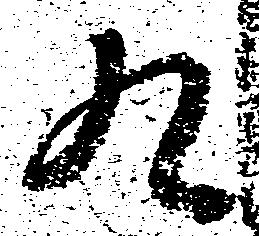
九